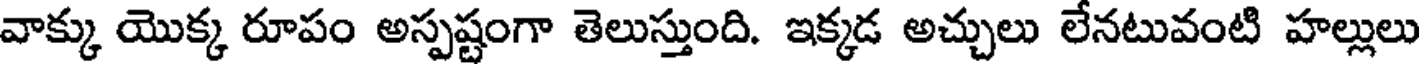
వాక్కు యొక్క రూపం అస్పష్టంగా తెలుస్తుంది. ఇక్కడ అచ్చులు లేనటువంటి హల్లులు